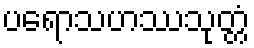
ပရောသဟဿသုတ္တံ